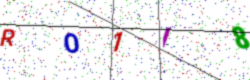
Text: RO1I8